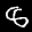
Label: 8